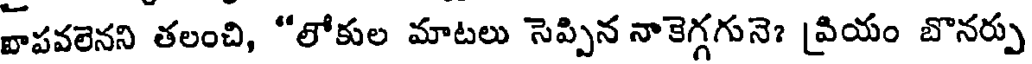
వాపవలెనని తలంచి, "లోకుల మాటలు సెప్పిన నాకెగ్గగునె? [వియం బొనర్పు